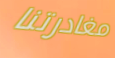
مغادرتنا